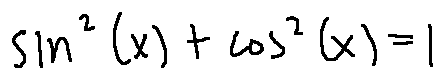
\sin ^ { 2 } ( x ) + \cos ^ { 2 } ( x ) = 1